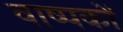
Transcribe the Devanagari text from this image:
वाष्पकों